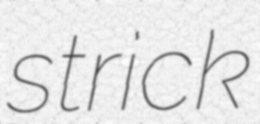
strick